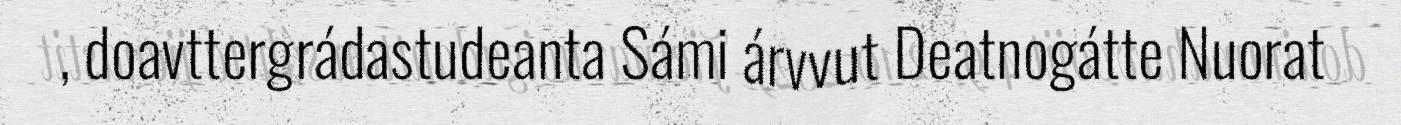
, doavttergrádastudeanta Sámi árvvut Deatnogátte Nuorat